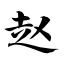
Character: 赵